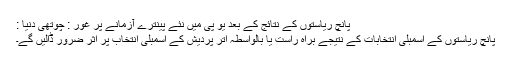
پانچ ریاستوں کے نتائج کے بعد یو پی میں نئے پینترے آزمانے پر غور : چوتھی دنیا :
پانچ ریاستوں کے اسمبلی انتخابات کے نتیجے براہ راست یا بالواسطہ اتر پردیش کے اسمبلی انتخاب پر اثر ضرور ڈالیں گے۔